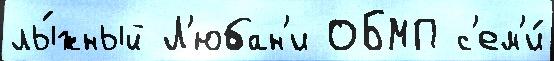
лы́жный Л'юбан'и ОБМП с'ем'и́